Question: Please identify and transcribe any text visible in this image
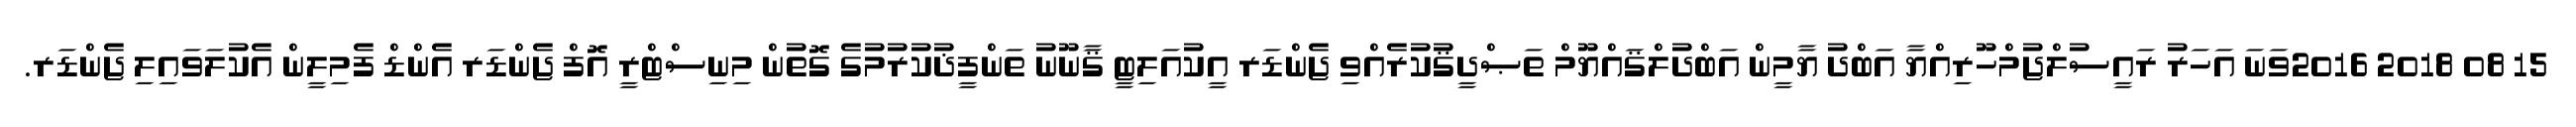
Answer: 15 08 2018 2016ވަނަ އަހަރު ރައީސުލްޖުމްހޫރިއްޔާ އަބްދު ޔާމީން އަބްދުލްޤައްޔޫމް ތަޞްދީޤުކުރެއްވި ޖެންޑަރ އީކުއަލިޓީ ޤާނޫނު ތަންފީޛުކުރުމުގެ ގޮތުން މިނިސްޓްރީ އޮފް ޖެންޑަރ އެންޑް ފެމިލީން އެކުލަވައިލި ޖެންޑަރ.